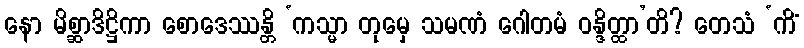
နော မိစ္ဆာဒိဋ္ဌိကာ စောဒေဿန္တိ ‘ကသ္မာ တုမှေ သမဏံ ဂေါတမံ ဝန္ဒိတ္ထာ’တိ? တေသံ ‘ကိံ